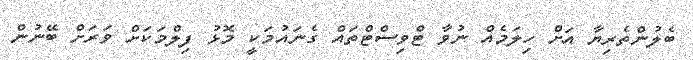
ބެލުންތެރިޔާ އަށް ހިލަމެއް ނުވާ ޓްވިސްޓްތައް ގެނައުމަކީ މޮޅު ފިލްމަކަށް ވަރަށް ބޭނުން